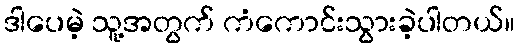
ဒါပေမဲ့ သူ့အတွက် ကံကောင်းသွားခဲ့ပါတယ်။